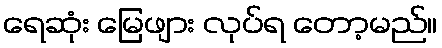
ရေဆုံး မြေဖျား လုပ်ရ တော့မည်။